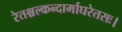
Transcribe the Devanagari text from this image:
रेतश्चल्कन्दार्माघरेतसः।